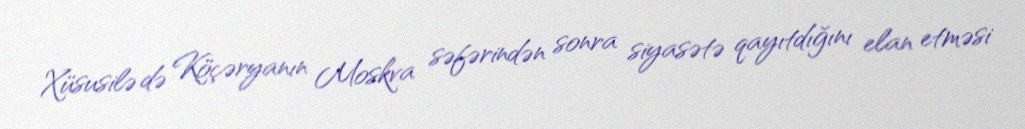
Xüsusilə də Köçəryanın Moskva səfərindən sonra siyasətə qayıtdığını elan etməsi